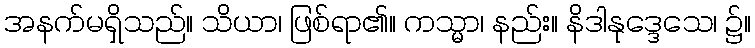
အနက်မရှိသည်။ သိယာ၊ ဖြစ်ရာ၏။ ကသ္မာ၊ နည်း။ နိဒါနုဒ္ဒေသေ၊ ၌။